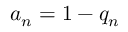
a _ { n } = 1 - q _ { n }